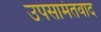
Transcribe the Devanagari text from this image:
उपसामंतवाद